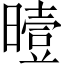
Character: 曀